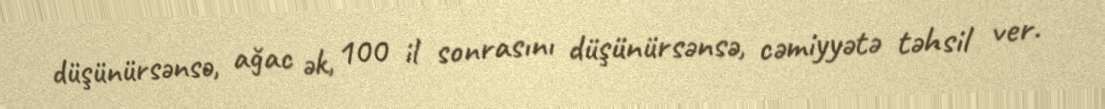
düşünürsənsə, ağac ək, 100 il sonrasını düşünürsənsə, cəmiyyətə təhsil ver.